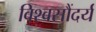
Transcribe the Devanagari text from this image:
विश्वसौंदर्य